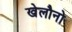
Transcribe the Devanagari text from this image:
खेलौनो